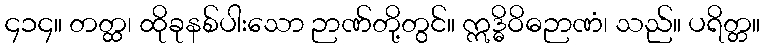
၄၁၄။ တတ္ထ၊ ထိုခုနစ်ပါးသော ဉာဏ်တို့တွင်။ ဣဒ္ဓိဝိဓဉာဏံ၊ သည်။ ပရိတ္တ။